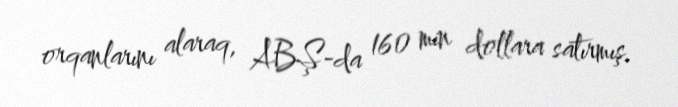
orqanlarını alaraq, ABŞ-da 160 min dollara satırmış.